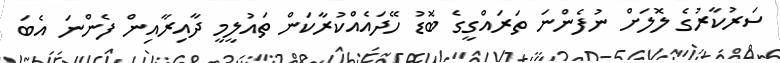
ސަރުކާރުގެ ލޮލަށް ނުފެންނަ ތަރައްގީގެ ބޮޑު ހޭދައެއްކުރާކަން ތައުލީމީ ދާއިރާއިން ފެންނަ އެބަ